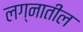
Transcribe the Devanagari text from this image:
लग्नातील